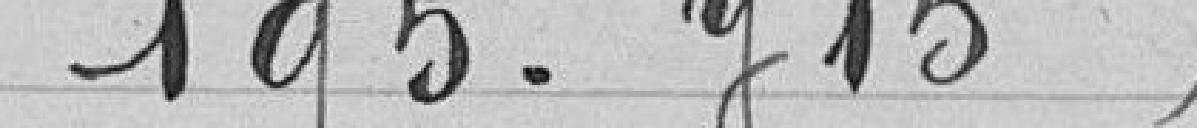
195.715 francs (1922)